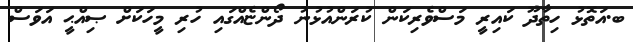
ބ.އަތޮޅު ހިތާދޫ ކައިރީ މަސްވެރިކަން ކުރަންއުޅުނު ދޯންޏެއްގައި ހުރި މީހަކަށް ޞިއްޙީ އަވަސް